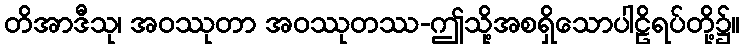
တိအာဒီသု၊ အဝဿုတာ အဝဿုတဿ-ဤသို့အစရှိသောပါဠိရပ်တို့၌။